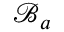
\mathcal { B } _ { a }